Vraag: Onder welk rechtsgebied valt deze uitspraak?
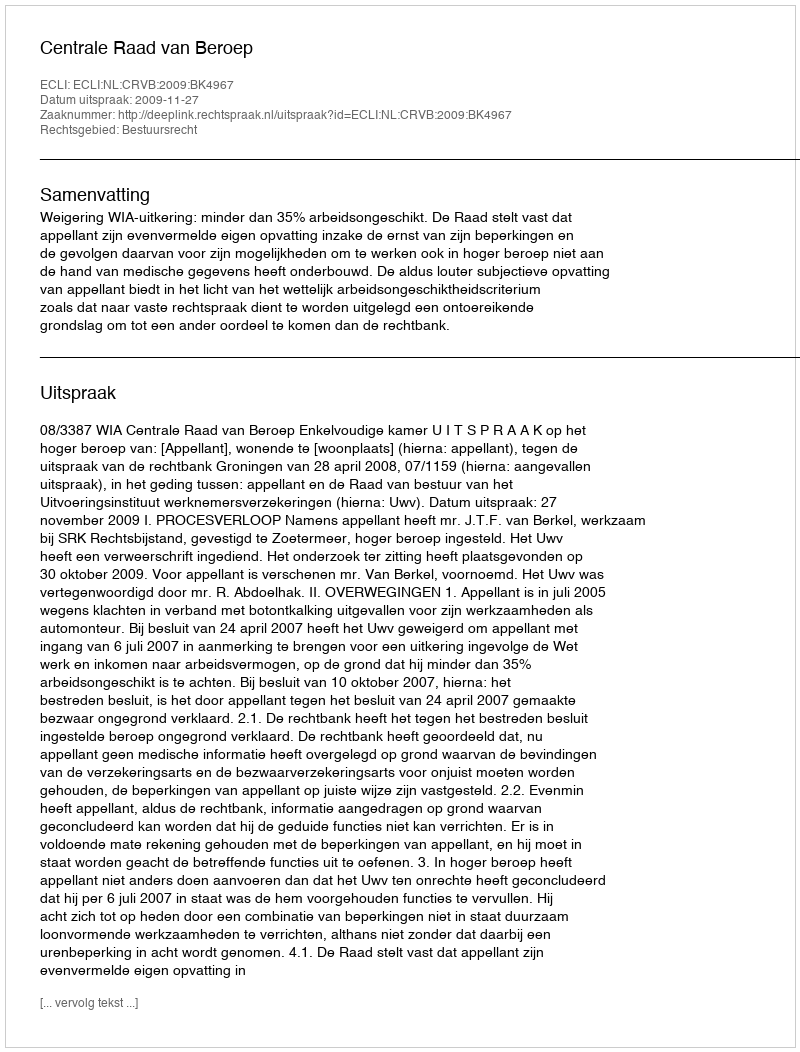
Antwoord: Bestuursrecht